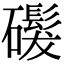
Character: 𬒨